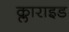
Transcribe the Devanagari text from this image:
क्लाराइड